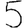
Digit: 5